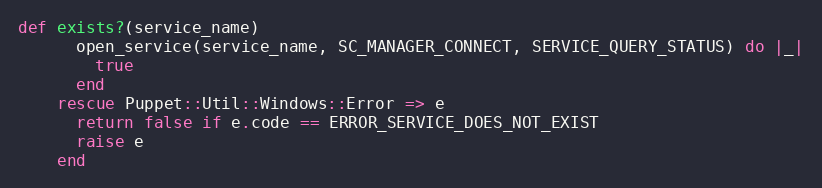
Language: Ruby
def exists?(service_name)
      open_service(service_name, SC_MANAGER_CONNECT, SERVICE_QUERY_STATUS) do |_|
        true
      end
    rescue Puppet::Util::Windows::Error => e
      return false if e.code == ERROR_SERVICE_DOES_NOT_EXIST
      raise e
    end